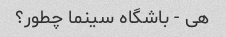
هی - باشگاه سینما چطور؟